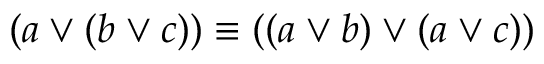
( a \lor ( b \lor c ) ) \equiv ( ( a \lor b ) \lor ( a \lor c ) )